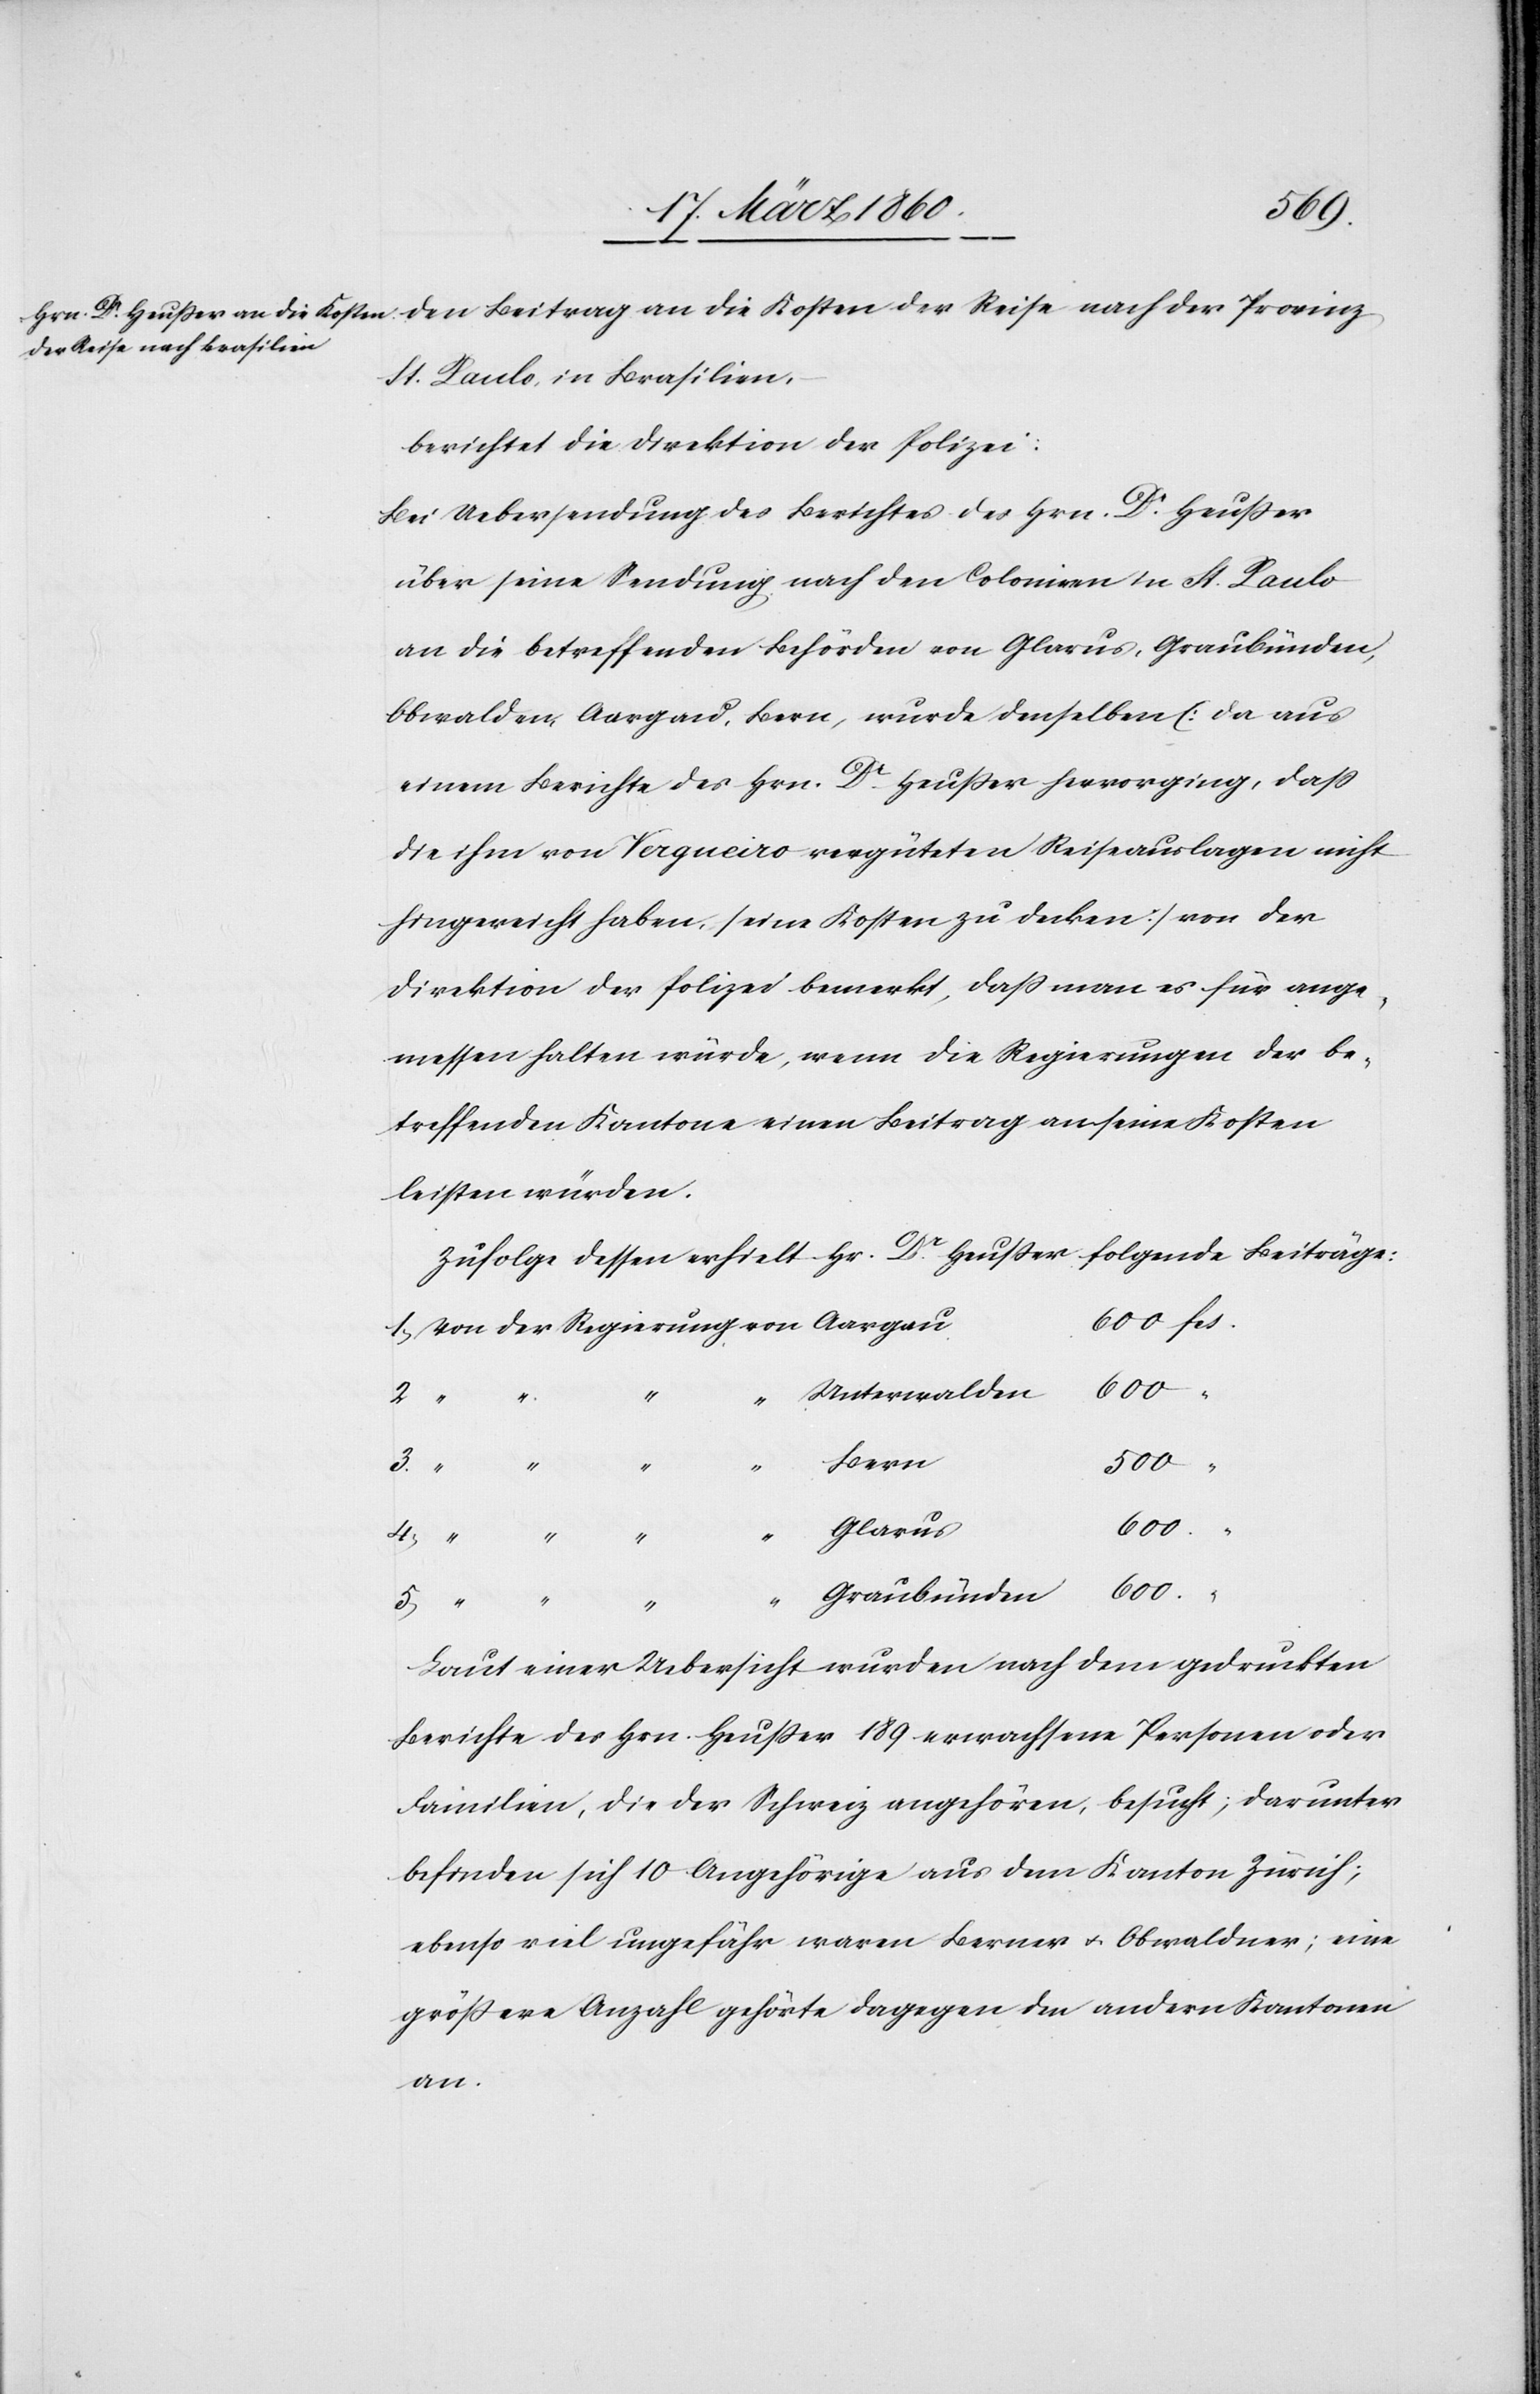
St. Paulo in Brasilien,
berichtet die Direktion der Polizei:
Bei Uebersendung des Berichtes des Hrn. Dr Heusser
über seine Sendung nach den Colonien in St. Paulo
an die betreffenden Behörden von Glarus, Graubünden,
Obwalden, Aargau, Bern, wurde denselben [da aus
einem Berichte des Hrn. Dr Heusser hervorging, dass
die ihm von Vergueiro vergüteten Reiseauslagen nicht
hingereicht haben, seine Kosten zu decken] von der
Direktion der Polizei bemerkt, dass man es für ange¬
messen halten würde, wenn die Regierungen der be¬
treffenden Kantone einen Beitrag an seine Kosten
leisten würden.
Zufolge dessen erhielt Hr. Dr Heusser folgende Beiträge:
Unterwalden
3.
“
Bern
500
600
“
Glarus
Laut einer Uebersicht wurden nach dem gedruckten
Berichte des Hrn. Heusser 189 erwachsene Personen oder
Familien, die der Schweiz angehören, besucht; darunter
befinden sich 10 Angehörige aus dem Kanton Zürich;
ebenso viel ungefähr waren Berner u. Obwaldner; eine
grössere Anzahl gehörte dagegen den andern Kantonen
an.